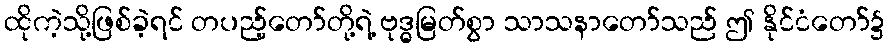
ထိုကဲ့သို့ဖြစ်ခဲ့ရင် တပည့်တော်တို့ရဲ့ ဗုဒ္ဓမြတ်စွာ သာသနာတော်သည် ဤ နိုင်ငံတော်၌